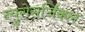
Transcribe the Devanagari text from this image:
न्युरोसर्जिकल